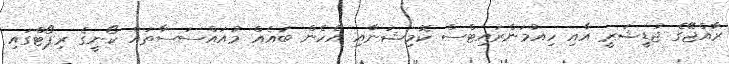
ރާއްޖޭގެ ޖުޑީޝަރީ އާއި ހިއުމަންރައިޓްސް ކޮމިޝަނާއި އެހެން ބައެއް މުއައްސަސާތައް ކޯނީގެ ރިޕޯޓްގައި